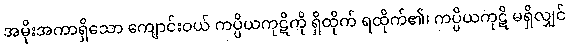
အမိုးအကာရှိသော ကျောင်းဝယ် ကပ္ပိယကုဋိကို ရှိထိုက် ရထိုက်၏၊ ကပ္ပိယကုဋိ မရှိလျှင်